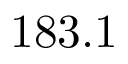
1 8 3 . 1